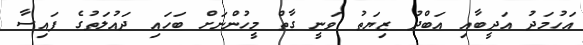
އަހުމަދު އަދީބާއި އަބްދު ޒިޔަތު ވަނީ ގާތް މީހުންނަށް ބަހައި ދައުލަތުގެ ފައިސާ